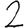
Digit: 2